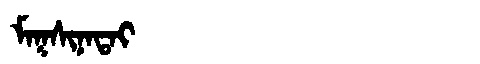
Manchu: ᠮᠠᡴᠰᡳᠨᠠᡨᠠᡳ
Romanization: MAKSINATAI